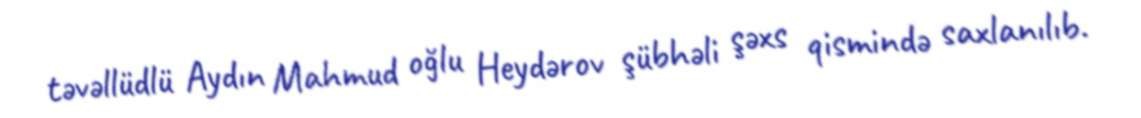
təvəllüdlü Aydın Mahmud oğlu Heydərov şübhəli şəxs qismində saxlanılıb.